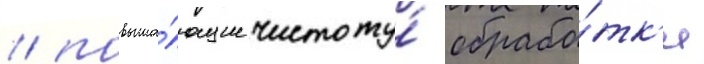
/ повыша́ющие чистоту́ обрабо́тк'и